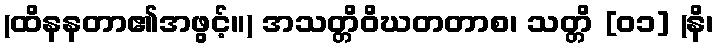
(ထိနနတာ၏အဖွင့်။) အသတ္တိဝိဃတတာစ၊ သတ္တိ [၀၁] (နိ၊